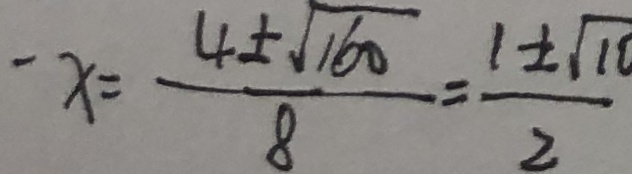
- x = \frac { 4 \pm \sqrt { 1 6 0 } } { 8 } = \frac { 1 \pm \sqrt { 1 0 } } { 2 }